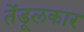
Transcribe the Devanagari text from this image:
तेंडूलकार